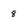
Character: 8